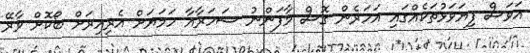
އަވަސް ފިޔަވަޅުތަކެއްގައި އަހަރެން ގޮސް މާފަންނު ސަހަރާއާ ހަމަޔަށް އެރިއިރަށް ބޯކޮށް ވާރޭ